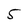
Character: 5